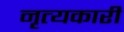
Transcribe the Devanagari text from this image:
नृत्यकारी